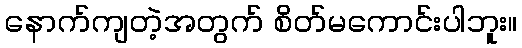
နောက်ကျတဲ့အတွက် စိတ်မကောင်းပါဘူး။